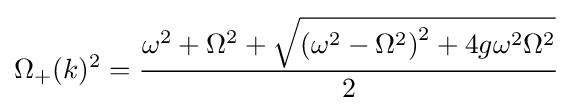
\Omega _{+}(k)^{2}={\omega ^{2}+\Omega ^{2}+{\sqrt {{(\omega ^{2}-\Omega ^{2})}^{2}+4{g}\omega ^{2}\Omega ^{2}}} \over 2}